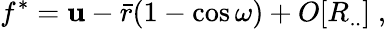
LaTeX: f^{*}=\mathbf{u}-{\bar{{r}}}(1-\cos\omega)+O[R_{..}]\; ,